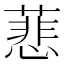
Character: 蕜